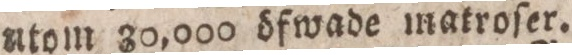
utom 80,000 öfwade matroſer.